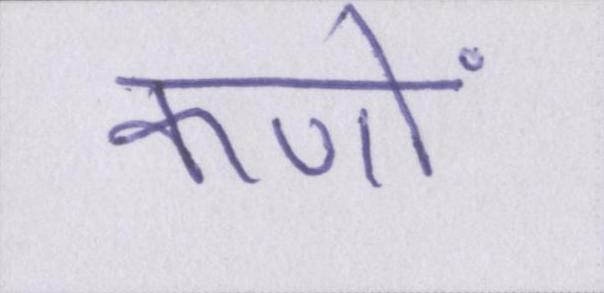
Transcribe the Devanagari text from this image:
कणों